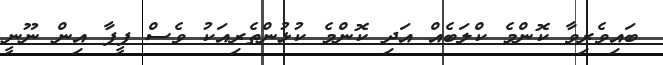
ބައިވެރިވާ ކޮންމެ ކްލަބެއް އަދި ކޮންމެ ކުޅުންތެރިއަކު ވެސް ފީފާ އިން ނޫނީ